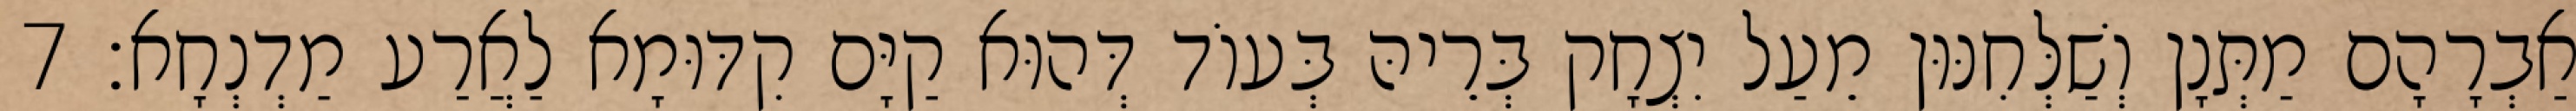
אַבְרָהָם מַתְּנָן וְשַׁלְּחִנּוּן מֵעַל יִצְחָק בְּרֵיהּ בְּעוֹד דְּהוּא קַיָּם קִדּוּמָא לַאֲרַע מַדְנְחָא׃ 7